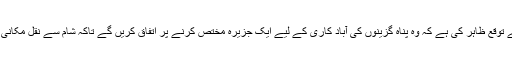
ساتھ ہی انہوں نے دونوں ملکوں کی حکومتوں سے توقع ظاہر کی ہے کہ وہ پناہ گزینوں کی آباد کاری کے لیے ایک جزیرہ مختص کرنے پر اتفاق کریں گے تاکہ شام سے نقل مکانی کرنے والوں کو وہاں پر رہائش مہیا کی جاسکے۔